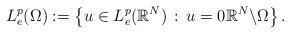
LaTeX: \begin{align*}L_{e}^{p}(\Omega) := \left\{ u \in L_{e}^{p}(\mathbb{R}^{N}) \, : \, u = 0 \mathbb{R}^{N}\backslash\Omega \right\}.\end{align*}